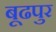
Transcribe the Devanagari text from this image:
बूढपुर